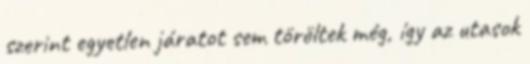
szerint egyetlen járatot sem töröltek még, így az utasok